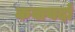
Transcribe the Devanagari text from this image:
कवायदों